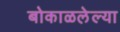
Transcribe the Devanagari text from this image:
बोकाळलेल्या